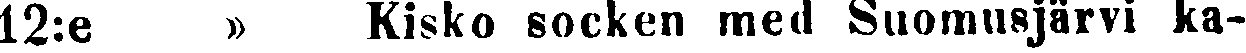
12:e » Kisko socken med Suomusjärvi ka-